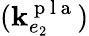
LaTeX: (\mathbf{k}_{e_{2}}^{\mathrm{{~p~l~a~}}})